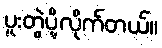
ပူးတွဲပို့လိုက်တယ်။